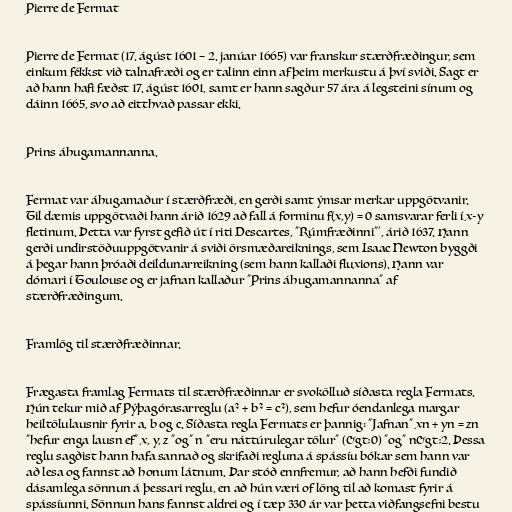
Pierre de Fermat

Pierre de Fermat (17. ágúst 1601 – 2. janúar 1665) var franskur stærðfræðingur, sem
einkum fékkst við talnafræði og er talinn einn af þeim merkustu á því sviði. Sagt er
að hann hafi fæðst 17. ágúst 1601, samt er hann sagður 57 ára á legsteini sínum og
dáinn 1665, svo að eitthvað passar ekki.

Prins áhugamannanna.

Fermat var áhugamaður í stærðfræði, en gerði samt ýmsar merkar uppgötvanir.
Til dæmis uppgötvaði hann árið 1629 að fall á forminu f(x,y) = 0 samsvarar ferli í x-y
fletinum. Þetta var fyrst gefið út í riti Descartes, "Rúmfræðinni"', árið 1637. Hann
gerði undirstöðuuppgötvanir á sviði örsmæðareiknings, sem Isaac Newton byggði
á þegar hann þróaði deildunarreikning (sem hann kallaði fluxions). Hann var
dómari í Toulouse og er jafnan kallaður "Prins áhugamannanna" af
stærðfræðingum.

Framlög til stærðfræðinnar.

Frægasta framlag Fermats til stærðfræðinnar er svokölluð síðasta regla Fermats.
Hún tekur mið af Pýþagórasarreglu (a² + b² = c²), sem hefur óendanlega margar
heiltölulausnir fyrir a, b og c. Síðasta regla Fermats er þannig: "Jafnan" xn + yn = zn
"hefur enga lausn ef" x, y, z "og" n "eru náttúrulegar tölur" (&gt;0) "og" n&gt;2. Þessa
reglu sagðist hann hafa sannað og skrifaði regluna á spássíu bókar sem hann var
að lesa og fannst að honum látnum. Þar stóð ennfremur, að hann hefði fundið
dásamlega sönnun á þessari reglu, en að hún væri of löng til að komast fyrir á
spássíunni. Sönnun hans fannst aldrei og í tæp 330 ár var þetta viðfangsefni bestu